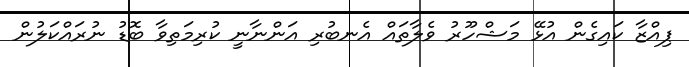
ޕިއްޒާ ކައިގެން އުޅޭ މަޝްހޫރު ވެލާތައް އެނބުރި އަންނާނީ ކުރިމަތިވާ ބޮޑު ނުރައްކަލުން